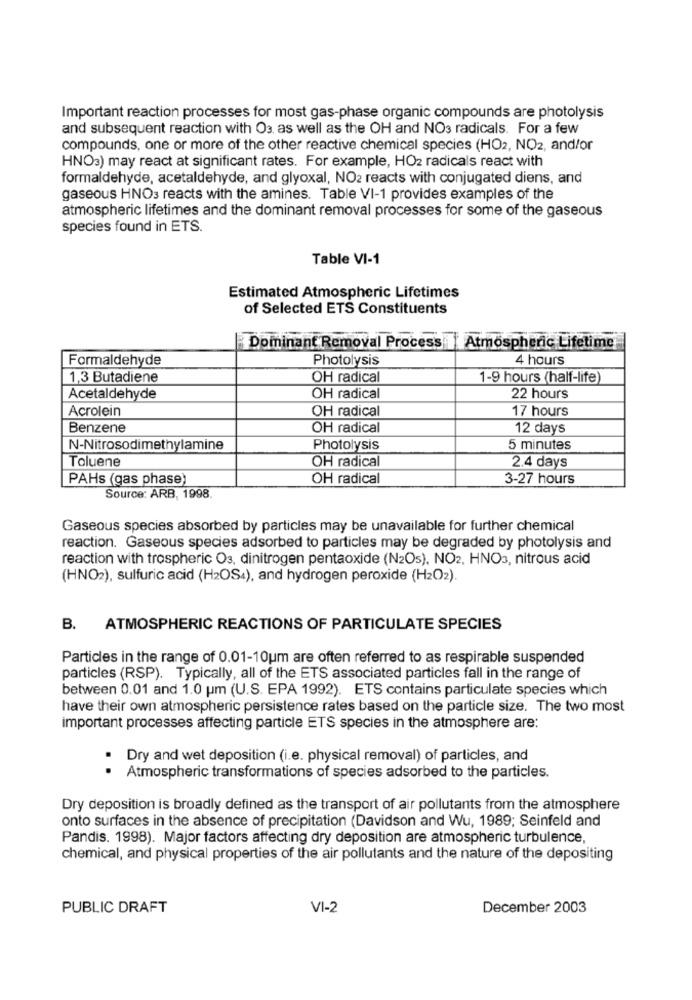
Important reaction processes for most gas-phase organic compounds are photolysis
and subsequent reaction with Os, as well as the OH and NO3 radicals. For a few
compounds, one or more of the other reactive chemical species (HO2, NO2, and/or
HNO3) may react at significant rates. For example, HO2 radicals react with
formaldehyde, acetaldehyde, and glyoxal, NO2 reacts with conjugated diens, and
gaseous HNO3 reacts with the amines. Table VI-1 provides examples of the
atmospheric lifetimes and the dominant removal processes for some of the gaseous
species found in ETS.
Table VI-1
Estimated Atmospheric Lifetimes
of Selected ETS Constituents
Dominant Removal Process
Atmospheric Lifetime
Formaldehyde
Photolysis
4 hours
1,3 Butadiene
OH radical
1-9 hours (half-life)
Acetaldehyde
OH radical
22 hours
Acrolein
OH radical
17 hours
Benzene
OH radical
12 days
N-Nitrosodimethylamine
Photolysis
5 minutes
Toluene
OH radical
2.4 days
PAHs (gas phase)
OH radical
3-27 hours
Source: ARB, 1998
Gaseous species absorbed by particles may be unavailable for further chemical
reaction. Gaseous species adsorbed to particles may be degraded by photolysis and
reaction with trospheric Os, dinitrogen pentaoxide (N2Os). NO2, HNO3, nitrous acid
(HNO2), sulfuric acid (H2OS4), and hydrogen peroxide (H2O2).
B.
ATMOSPHERIC REACTIONS OF PARTICULATE SPECIES
Particles in the range of 0.01-10um are often referred to as respirable suspended
particles (RSP). Typically, all of the ETS associated particles fall in the range of
between 0.01 and 1.0 um (U.S. EPA 1992). ETS contains particulate species which
have their own atmospheric persistence rates based on the particle size. The two most
important processes affecting particle ETS species in the atmosphere are:
. Dry and wet deposition (i.e. physical removal) of particles, and
Atmospheric transformations of species adsorbed to the particles.
Dry deposition is broadly defined as the transport of air pollutants from the atmosphere
onto surfaces in the absence of precipitation (Davidson and Wu, 1989; Seinfeld and
Pandis. 1998). Major factors affecting dry deposition are atmospheric turbulence,
chemical, and physical properties of the air pollutants and the nature of the depositing
PUBLIC DRAFT
VI-2
December 2003